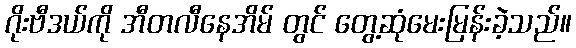
ဂိုးဗီဒယ်ကို အီတလီနေအိမ် တွင် တွေ့ဆုံမေးမြန်းခဲ့သည်။